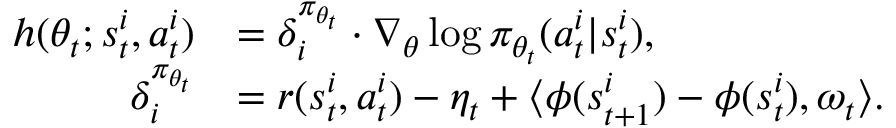
\begin{array} { r l } { h ( \theta _ { t } ; s _ { t } ^ { i } , a _ { t } ^ { i } ) } & { = \delta _ { i } ^ { \pi _ { \theta _ { t } } } \cdot \nabla _ { \theta } \log \pi _ { \theta _ { t } } ( a _ { t } ^ { i } | s _ { t } ^ { i } ) , } \\ { \delta _ { i } ^ { \pi _ { \theta _ { t } } } } & { = r ( s _ { t } ^ { i } , a _ { t } ^ { i } ) - \eta _ { t } + \langle \phi ( s _ { t + 1 } ^ { i } ) - \phi ( s _ { t } ^ { i } ) , \omega _ { t } \rangle . } \end{array}